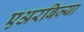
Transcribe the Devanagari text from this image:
एअरबिज्या